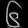
Digit: ၆